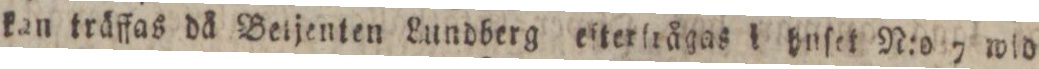
kan kräffas då Beljenten Lundberg eſterſrågas i huſet N:o 7 wid